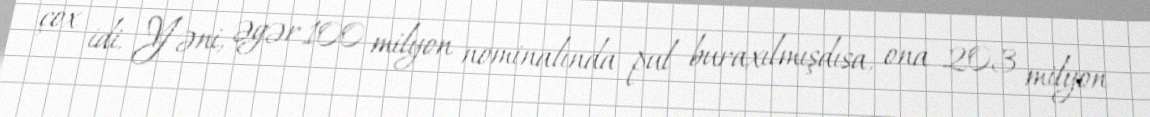
çox idi. Yəni, əgər 100 milyon nominalında pul buraxılmışdısa, ona 203 milyon